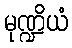
မုဏ္ဍိယံ